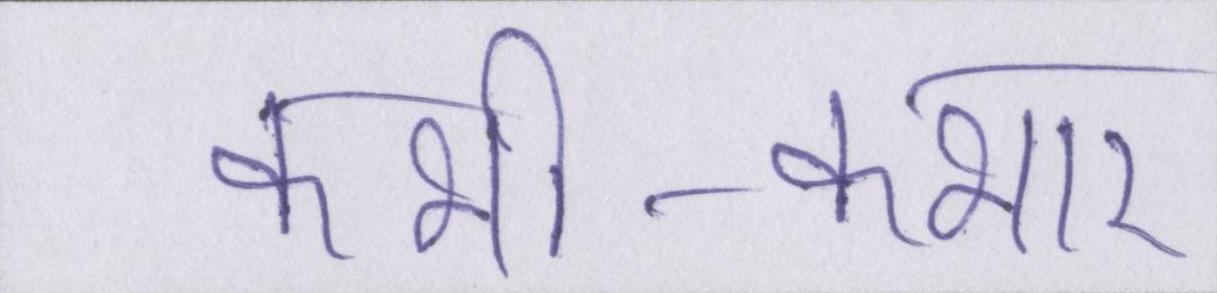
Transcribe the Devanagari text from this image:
कभी-कभार